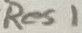
Text: Res1